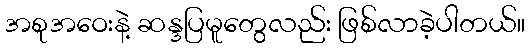
အစုအဝေးနဲ့ ဆန္ဒပြမူတွေလည်း ဖြစ်လာခဲ့ပါတယ်။